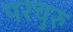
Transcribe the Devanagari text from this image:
परचुरु